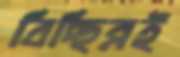
বিচ্ছিন্নই